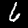
Digit: 6